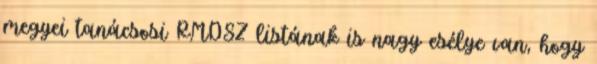
megyei tanácsosi RMDSZ listának is nagy esélye van, hogy